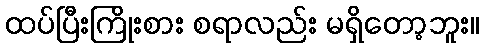
ထပ်ပြီးကြိုးစား စရာလည်း မရှိတော့ဘူး။